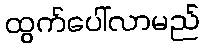
ထွက်ပေါ်လာမည်